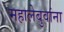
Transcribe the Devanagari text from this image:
महालेबुवांना